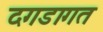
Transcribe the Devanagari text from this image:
दगडागत